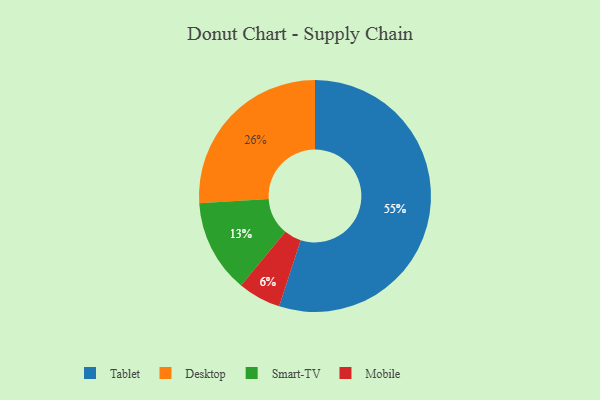
{"axis": {"x": "Category", "y": "Percentage"}, "legend": ["Desktop", "Mobile", "Smart-TV", "Tablet"], "data": [{"x": "Mobile", "y": 6, "type": "Mobile"}, {"x": "Smart-TV", "y": 13, "type": "Smart-TV"}, {"x": "Desktop", "y": 26, "type": "Desktop"}, {"x": "Tablet", "y": 55, "type": "Tablet"}]}